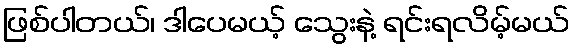
ဖြစ်ပါတယ်၊ ဒါပေမယ့် သွေးနဲ့ ရင်းရလိမ့်မယ်